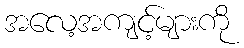
အလေ့အကျင့်များကို